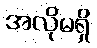
အလိုမရှိ